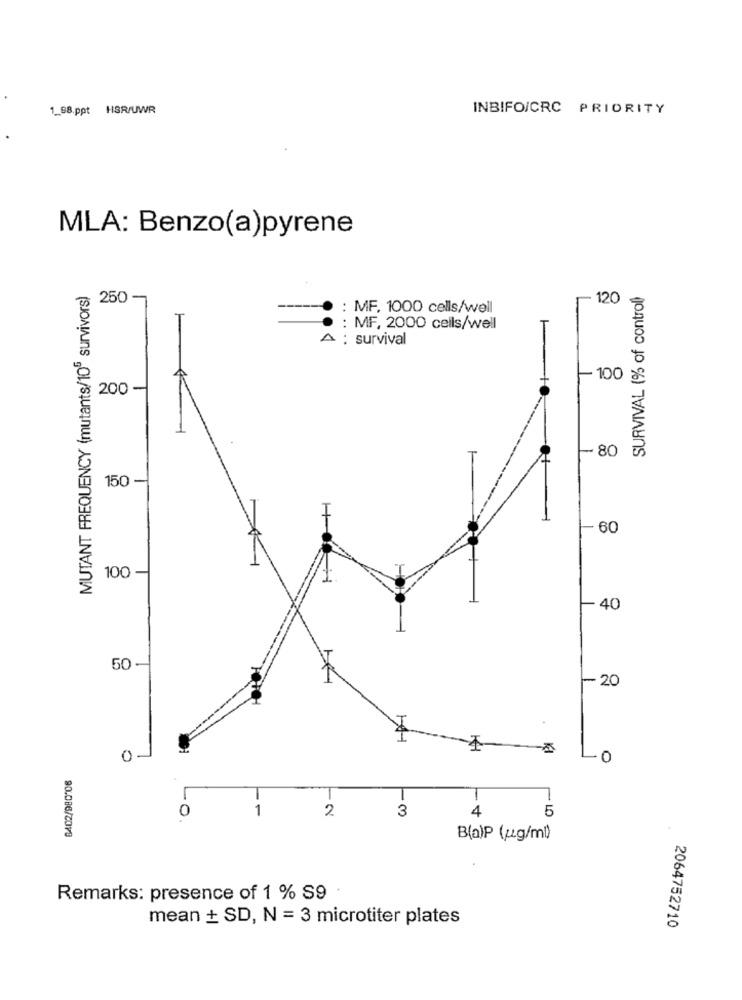
1_98.ppt HSR/UWR
INBIFO/CRC PRIORITY
MLA: Benzo(a)pyrene
MUTANT FREQUENCY (mutants/10" survivors)
SURVIVAL (% of control)
250 -
120
: MF, 1000 cells/well
: MF, 2000 cells/well
A : survival
-100
200 -
-80
150 -
- 60
100 -
-40
50 -
20
-0
0
1
2
3
4
5
B(a)P (ug/ml)
Remarks: presence of 1 % S9
mean + SD, N = 3 microtiter plates
2064752710